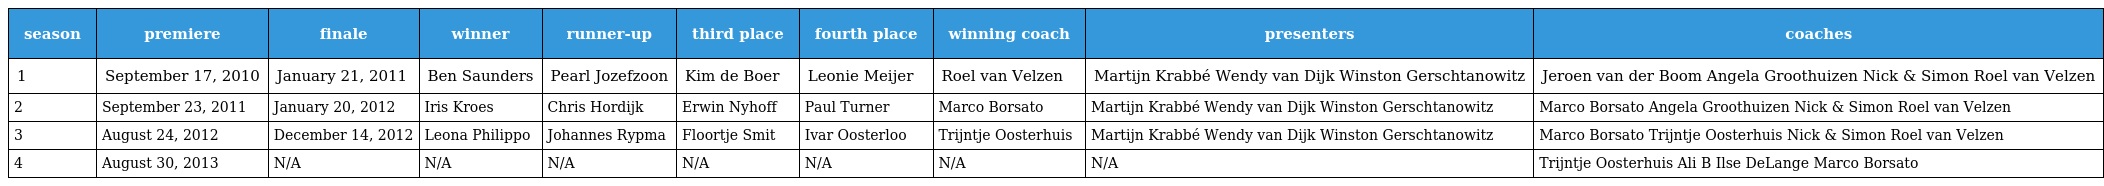
| season | premiere | finale | winner | runner-up | third place | fourth place | winning coach | presenters | coaches |
 | --- | --- | --- | --- | --- | --- | --- | --- | --- | --- |
 | 1 | September 17, 2010 | January 21, 2011 | Ben Saunders | Pearl Jozefzoon | Kim de Boer | Leonie Meijer | Roel van Velzen | Martijn Krabbé Wendy van Dijk Winston Gerschtanowitz | Jeroen van der Boom Angela Groothuizen Nick & Simon Roel van Velzen |
 | 2 | September 23, 2011 | January 20, 2012 | Iris Kroes | Chris Hordijk | Erwin Nyhoff | Paul Turner | Marco Borsato | Martijn Krabbé Wendy van Dijk Winston Gerschtanowitz | Marco Borsato Angela Groothuizen Nick & Simon Roel van Velzen |
 | 3 | August 24, 2012 | December 14, 2012 | Leona Philippo | Johannes Rypma | Floortje Smit | Ivar Oosterloo | Trijntje Oosterhuis | Martijn Krabbé Wendy van Dijk Winston Gerschtanowitz | Marco Borsato Trijntje Oosterhuis Nick & Simon Roel van Velzen |
 | 4 | August 30, 2013 | N/A | N/A | N/A | N/A | N/A | N/A | N/A | Trijntje Oosterhuis Ali B Ilse DeLange Marco Borsato |